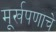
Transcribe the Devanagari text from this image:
मूर्खपणाचे